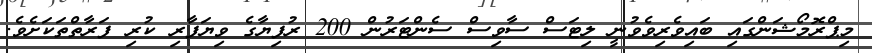
މިޕްރޮމޯޝަންގައި ބައިވެރިވެވުނީ ލިޓަސް ސާވިސް ސެންޓަރުން 200 ރުފިޔާގެ ވިޔަފާރި ކުރި ފަރާތްތަކަށެވެ.